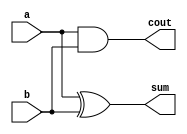
module half_adder(a,b,sum,cout);
	input a, b;
	output sum, cout;

	assign sum = a ^ b; // cin XOR a XOR b
	assign cout = a & b;
endmodule

module full_adder(a,b,cin,sum,cout);
	input a, b, cin;
	output sum, cout;

	assign sum = cin ^ a ^ b; // cin XOR a XOR b
	assign cout = cin & (a ^ b) | (a & b);
	//~cin & a & b | cin & (a | b); // cin'ab + cin(a + b)
endmodule

module adder_32_bit(a,b,cin,sum,cout);
	input [31:0] a, b;
	input cin;
	output [31:0] sum;
	output cout;
	wire [31:0] carry;
	
	full_adder fa0(a[0],b[0],cin,sum[0],carry[0]);
	genvar i;
	generate for(i=1;i<32;i=i+1)
		begin
			full_adder fa(a[i],b[i],carry[i-1],sum[i],carry[i]);
	end endgenerate
	assign cout = carry[31];
endmodule